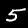
Label: 5